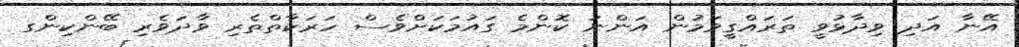
އޭނާ އަދި ވިދާޅުވީ ތަރައްގީވަމުން އަންނަ ކޮންމެ ގައުމަކަށްވެސް ހަރަކާތްތެރި ވާދަވެރި ބޭންކިންގ